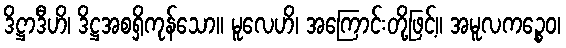
ဒိဋ္ဌာဒီဟိ၊ ဒိဋ္ဌအစရှိကုန်သော။ မူလေဟိ၊ အကြောင်းတို့ဖြင့်။ အမူလကဉ္စေဝ၊